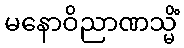
မနောဝိညာဏသ္မိံ